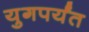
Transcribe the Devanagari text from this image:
युगपर्यंत